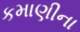
કમાણીના